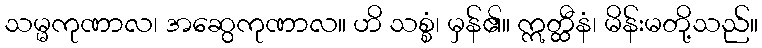
သမ္မကုဏာလ၊ အဆွေကုဏာလ။ ဟိ သစ္စံ၊ မှန်၏။ ဣတ္ထီနံ၊ မိန်းမတို့သည်။